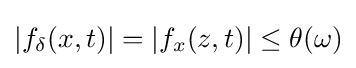
|f_{\delta }(x,t)|=|f_{x}(z,t)|\leq \theta (\omega )